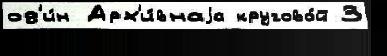
од'и́н Арх'и́внаjа кругово́й 3